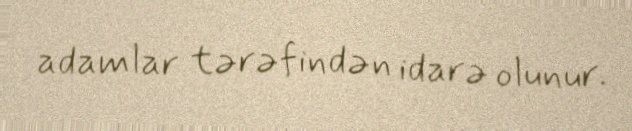
adamlar tərəfindən idarə olunur.